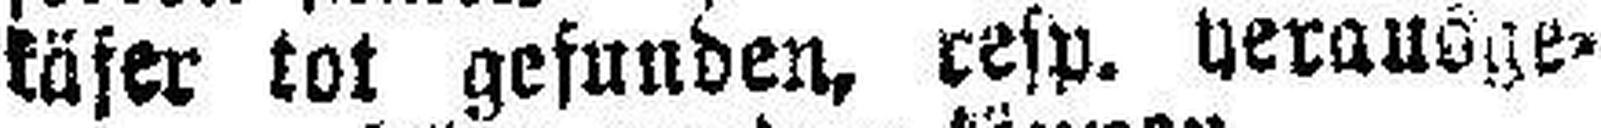
käfer tot gefunden, resp. herausge¬